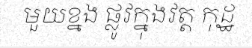
មួយខ្នង ផ្លូវក្នុងវត្ត កុដ្ឋ